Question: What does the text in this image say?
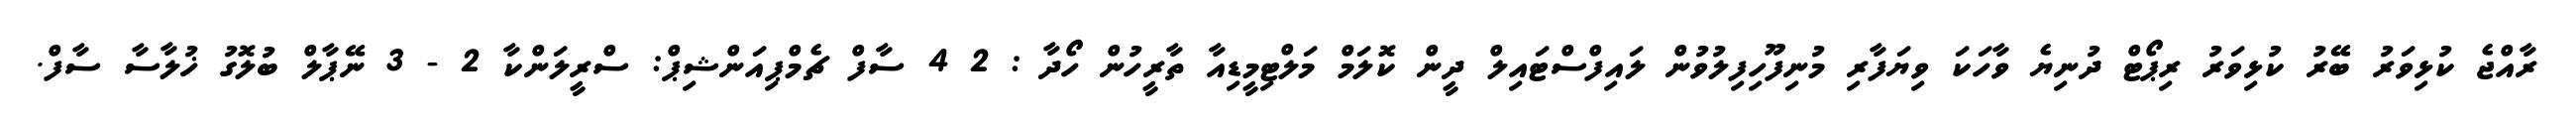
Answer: ރާއްޖެ ކުޅިވަރު ބޭރު ކުޅިވަރު ރިޕޯޓް ދުނިޔެ ވާހަކަ ވިޔަފާރި މުނިފޫހިފިލުވުން ލައިފްސްޓައިލް ދީން ކޮލަމް މަލްޓިމީޑިއާ ތާރީހުން ހޯދާ : 2 4 ސާފް ޗެމްޕިއަންޝިޕް: ސްރީލަންކާ 2 - 3 ނޭޕާލް ބުލޮގު ޚުލާސާ ސާފް.